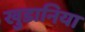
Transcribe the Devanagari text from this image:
खुडानिया